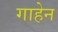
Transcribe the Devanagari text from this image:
गाहेन